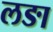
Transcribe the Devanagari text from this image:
लङा